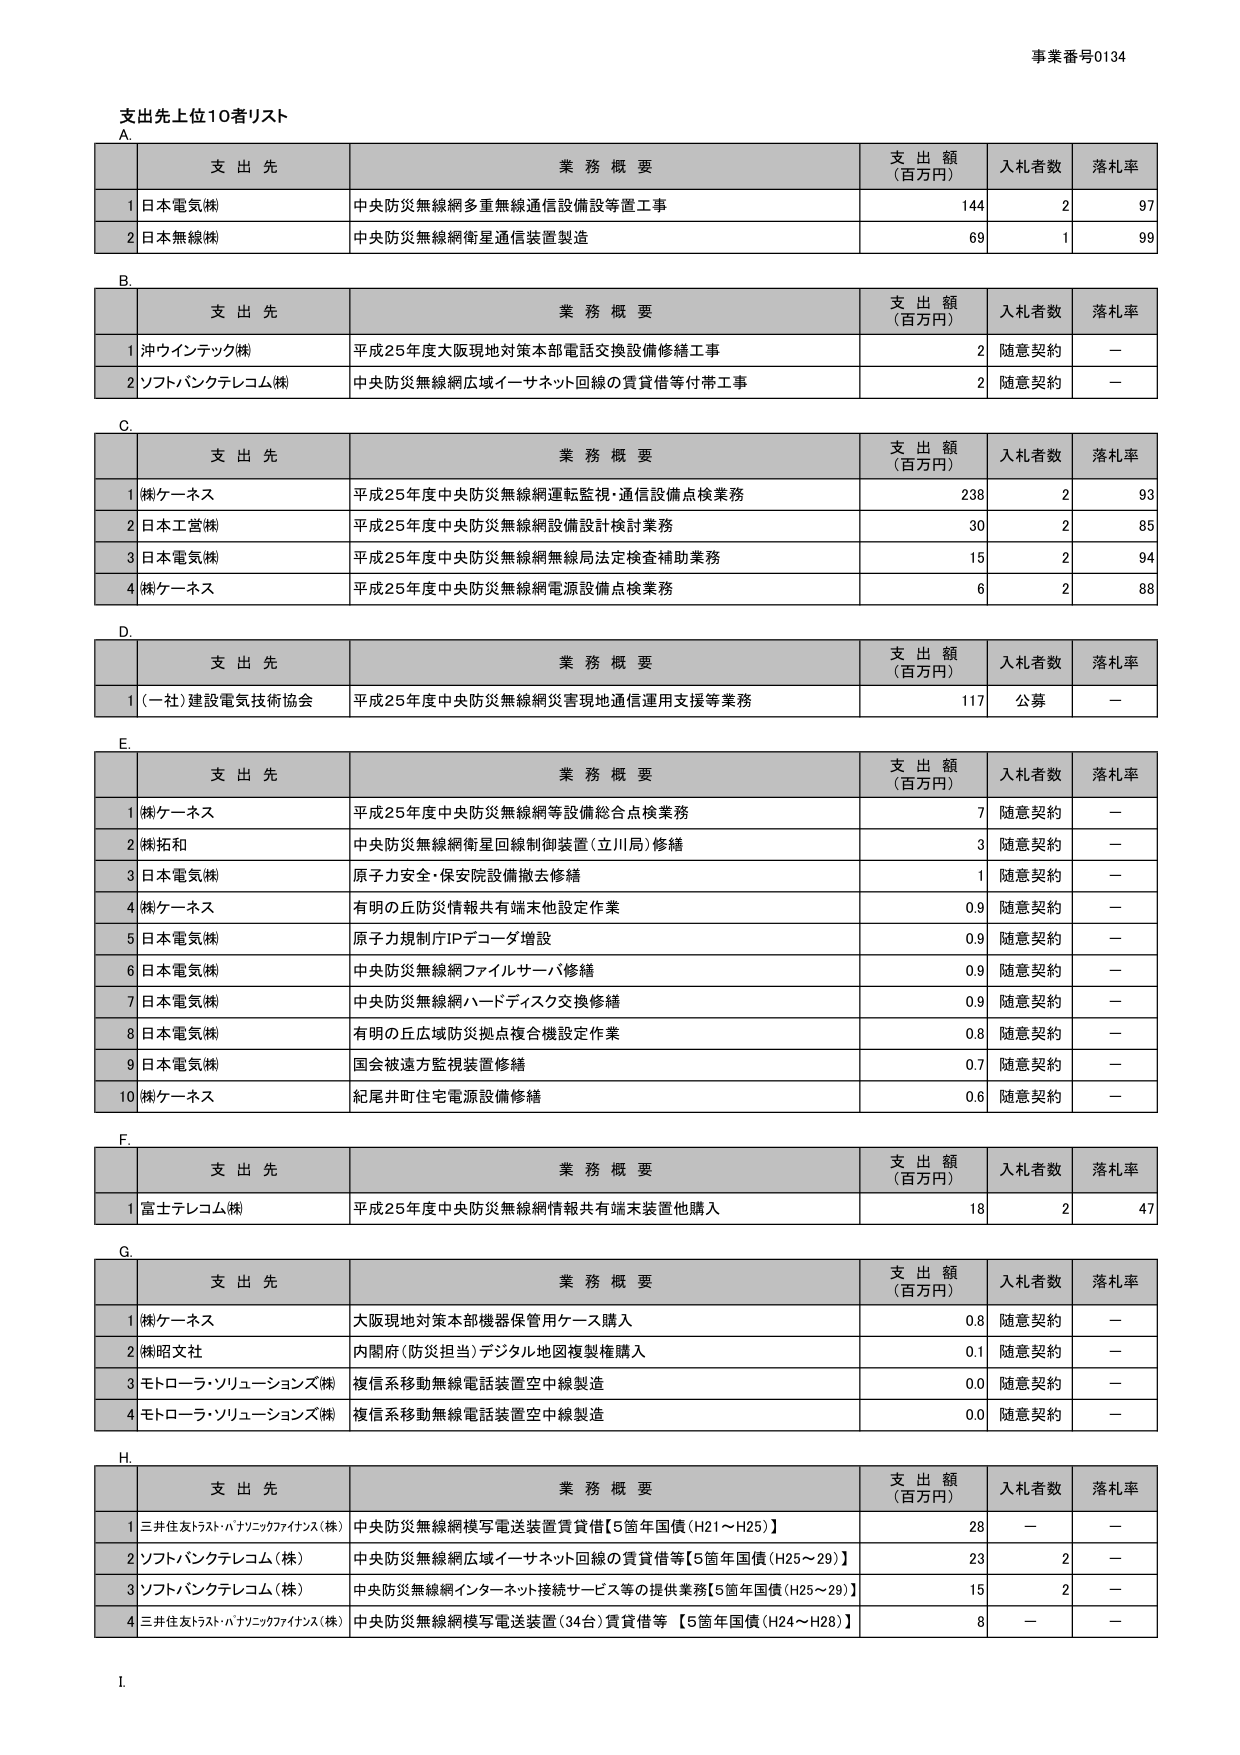
事業番号0134

支出先上位10者リスト

A.
支 出 先 業 務 概 要 支 出 額 （百万円） 入札者数 落札率
1 日本電気(株) 中央防災無線網多重無線通信設備設置工事 144 2 97
2 日本無線(株) 中央防災無線網衛星通信装置製造 69 1 99

B.
支 出 先 業 務 概 要 支 出 額 （百万円） 入札者数 落札率
1 沖ウインテック(株) 平成25年度大阪現地対策本部電話交換設備修繕工事 2 随意契約 －
2 ソフトバンクテレコム(株) 中央防災無線網広域イーサネット回線の賃貸借等付帯工事 2 随意契約 －

C.
支 出 先 業 務 概 要 支 出 額 （百万円） 入札者数 落札率
1 (株)ケーエス 平成25年度中央防災無線網運転監視・通信設備点検業務 238 2 93
2 日本工営(株) 平成25年度中央防災無線網設備設計検討業務 30 2 85
3 日本電気(株) 平成25年度中央防災無線網無線局法定検査補助業務 15 2 94
4 (株)ケーエス 平成25年度中央防災無線網電源設備点検業務 6 2 88

D.
支 出 先 業 務 概 要 支 出 額 （百万円） 入札者数 落札率
1 (一社)建設電気技術協会 平成25年度中央防災無線網災害現地通信運用支援等業務 117 公募 －

E.
支 出 先 業 務 概 要 支 出 額 （百万円） 入札者数 落札率
1 (株)ケーエス 平成25年度中央防災無線網等設備総合点検業務 7 随意契約 －
2 (株)拓和 中央防災無線網衛星回線制御装置(立川局)修繕 3 随意契約 －
3 日本電気(株) 原子力安全・保安院設備撤去修繕 1 随意契約 －
4 (株)ケーエス 有明の丘防災情報共有端末他設定作業 0.9 随意契約 －
5 日本電気(株) 原子力規制庁IPデコーダ増設 0.9 随意契約 －
6 日本電気(株) 中央防災無線網ファイルサーバ修繕 0.9 随意契約 －
7 日本電気(株) 中央防災無線網ハードディスク交換修繕 0.9 随意契約 －
8 日本電気(株) 有明の丘広域防災拠点複合機設定作業 0.8 随意契約 －
9 日本電気(株) 国会被遺方監視装置修繕 0.7 随意契約 －
10 (株)ケーエス 紀尾井町住宅電源設備修繕 0.6 随意契約 －

F.
支 出 先 業 務 概 要 支 出 額 （百万円） 入札者数 落札率
1 富士テレコム(株) 平成25年度中央防災無線網情報共有端末装置他購入 18 2 47

G.
支 出 先 業 務 概 要 支 出 額 （百万円） 入札者数 落札率
1 (株)ケーエス 大阪現地対策本部機器保管用ケース購入 0.8 随意契約 －
2 (株)昭文社 内閣府(防災担当)デジタル地図複製権購入 0.1 随意契約 －
3 モトローラ・ソリューションズ(株) 複信系移動無線電話装置空中線製造 0.0 随意契約 －
4 モトローラ・ソリューションズ(株) 複信系移動無線電話装置空中線製造 0.0 随意契約 －

H.
支 出 先 業 務 概 要 支 出 額 （百万円） 入札者数 落札率
1 三井住友トラスト・パナソニックファイナンス(株) 中央防災無線網模写電送装置賃貸借【5箇年国債(H21～H25)】 28 － －
2 ソフトバンクテレコム(株) 中央防災無線網広域イーサネット回線の賃貸借等【5箇年国債(H25～29)】 23 2 －
3 ソフトバンクテレコム(株) 中央防災無線網インターネット接続サービス等の提供業務【5箇年国債(H25～29)】 15 2 －
4 三井住友トラスト・パナソニックファイナンス(株) 中央防災無線網模写電送装置(34台)賃貸借等【5箇年国債(H24～H28)】 8 － －

I.